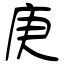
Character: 庚